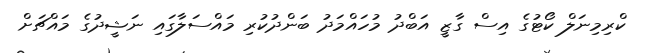
ކްރިމިނަލް ކޯޓުގެ އިސް ގާޒީ އަބްދު މުހައްމަދު ބަންދުކުރި މައްސަލާގައި ނަޝީދުގެ މައްޗަށް